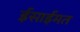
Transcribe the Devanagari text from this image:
ईसाईमत